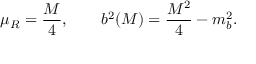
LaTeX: \mu _ { R } = \frac { M } { 4 } , \qquad b ^ { 2 } ( M ) = \frac { M ^ { 2 } } { 4 } - m _ { b } ^ { 2 } .